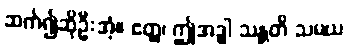
ဆက်၍ဆိုဦးအံ့။ ဧတ္ထ၊ ဤအဒ္ဓါ သန္တတိ သမယ